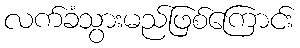
လက်ခံသွားမည်ဖြစ်ကြောင်း